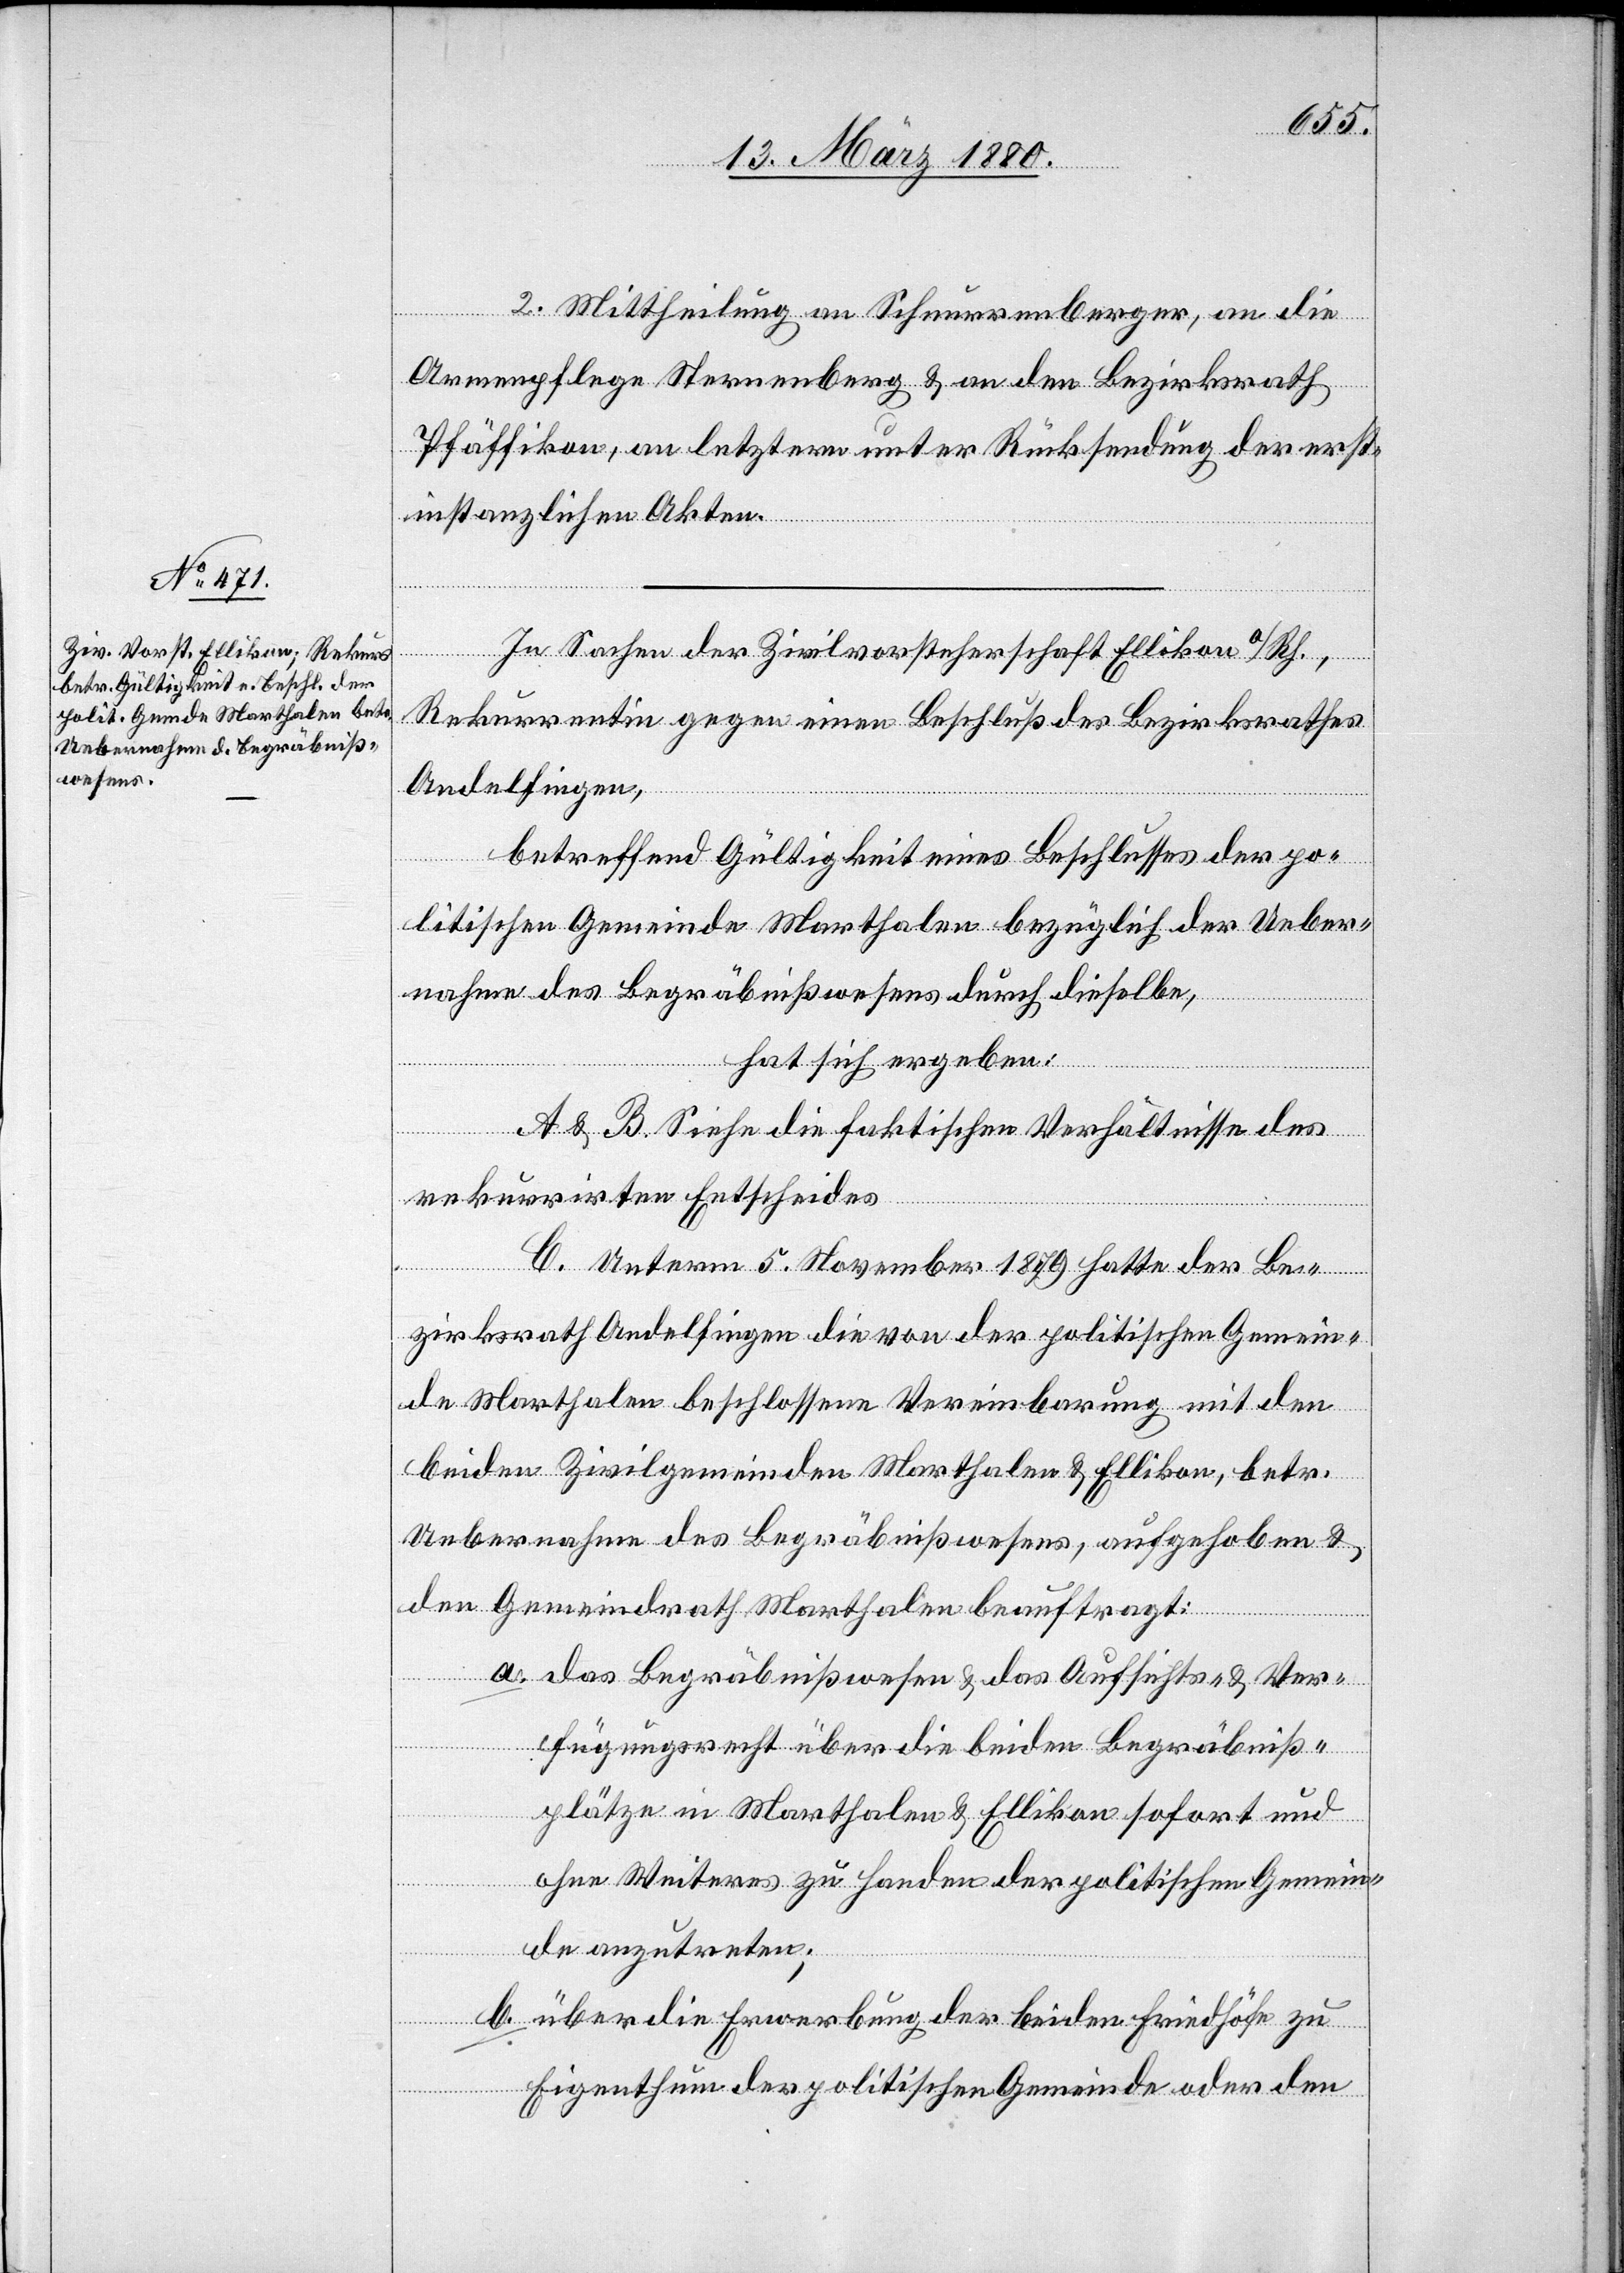
2. Mittheilung an Schnurrenberger, an die
Armenpflege Sternenberg & an den Bezirksrath
Pfäffikon, an letztern unter Rücksendung der erst¬
instanzlichen Akten.
In Sachen der Zivilvorsteherschaft Ellikon a/Rh.,
Rekurrentin gegen einen Beschluß des Bezirksrathes
Andelfingen,
betreffend Gültigkeit eines Beschlusses der po¬
litischen Gemeinde Marthalen bezüglich der Ueber¬
nahme des Begräbnißwesens durch dieselbe,
hat sich ergeben:
A & B. Siehe die faktischen Verhältnisse des
rekurrirten Entscheides.
C. Unterm 5. November 1879 hatte der Be¬
zirksrath Andelfingen die von der politischen Gemein¬
de Marthalen beschlossene Vereinbarung mit den
beiden Zivilgemeinden Marthalen & Ellikon, betr.
Uebernahme des Begräbnißwesens, aufgehoben &
den Gemeindrath Marthalen beauftragt:
das Begräbnißwesen & das Aufsichts- & Ver¬
fügungsrecht über die beiden Begräbniß¬
plätze in Marthalen & Ellikon sofort und
ohne Weiteres zu Handen der politischen Gemein¬
de anzutreten;
über die Erwerbung der beiden Friedhöfe zu
Eigenthum der politischen Gemeinde oder den